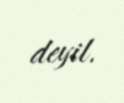
deyil.